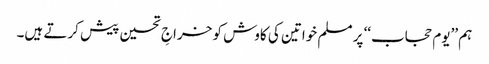
ہم ’’یوم حجاب‘‘ پر مسلم خواتین کی کاوش کو خراجِ تحسین پیش کرتے ہیں۔